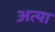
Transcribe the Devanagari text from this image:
अत्या